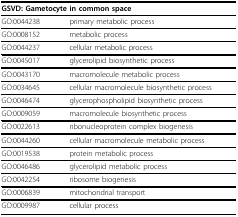
<table><thead><tr><td colspan="2"><b>GSVD: Gametocyte in common space</b></td></tr></thead><tbody><tr><td>GO:0044238</td><td>primary metabolic process</td></tr><tr><td>GO:0008152</td><td>metabolic process</td></tr><tr><td>GO:0044237</td><td>cellular metabolic process</td></tr><tr><td>GO:0045017</td><td>glycerolipid biosynthetic process</td></tr><tr><td>GO:0043170</td><td>macromolecule metabolic process</td></tr><tr><td>GO:0034645</td><td>cellular macromolecule biosynthetic process</td></tr><tr><td>GO:0046474</td><td>glycerophospholipid biosynthetic process</td></tr><tr><td>GO:0009059</td><td>macromolecule biosynthetic process</td></tr><tr><td>GO:0022613</td><td>ribonucleoprotein complex biogenesis</td></tr><tr><td>GO:0044260</td><td>cellular macromolecule metabolic process</td></tr><tr><td>GO:0019538</td><td>protein metabolic process</td></tr><tr><td>GO:0046486</td><td>glycerolipid metabolic process</td></tr><tr><td>GO:0042254</td><td>ribosome biogenesis</td></tr><tr><td>GO:0006839</td><td>mitochondrial transport</td></tr><tr><td>GO:0009987</td><td>cellular process</td></tr></tbody></table>